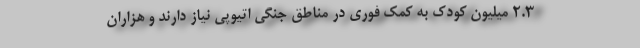
2.3 میلیون کودک به کمک فوری در مناطق جنگی اتیوپی نیاز دارند و هزاران